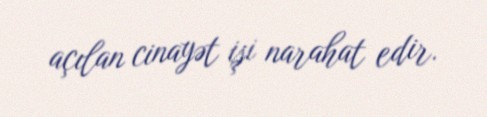
açılan cinayət işi narahat edir.